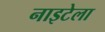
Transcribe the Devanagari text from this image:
नाइटेला